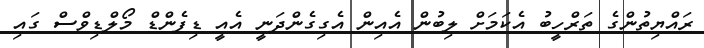
ރައްޔިތުންގެ ތަރްހީބު އެކަމަށް ލިބުން އެއިން އެގިގެންދަނީ އެއީ ޑިފެންޑް މޯލްޑިވްސް ގައި